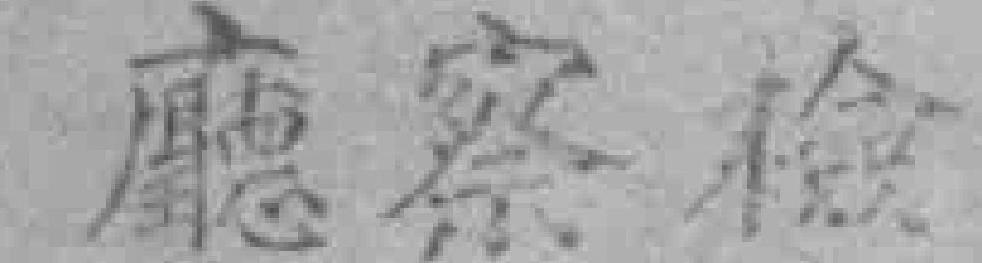
廳察檢